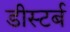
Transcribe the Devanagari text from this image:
डीस्टर्ब